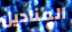
المناديل